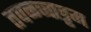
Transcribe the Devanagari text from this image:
तवळच्चाट्टम